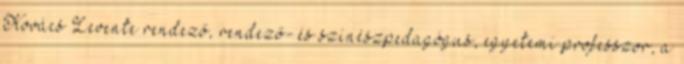
Kovács Levente rendező, rendező- és színészpedagógus, egyetemi professzor, a